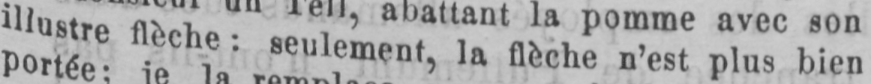
illustre flèche: seulement, la flèche n’est plus bien